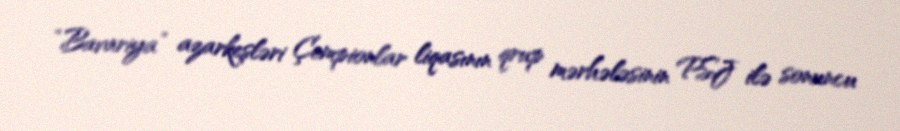
“Bavariya” azarkeşləri Çempionlar liqasının qrup mərhələsinin PSJ ilə sonuncu